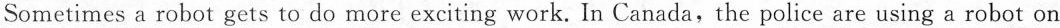
Sometimes a robot gets to do more exciting work. In Canada,the police are using a robot on